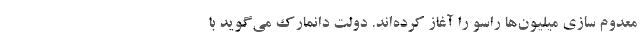
معدوم سازی میلیون‌ها راسو را آغاز کرده‌اند. دولت دانمارک می‌گوید با